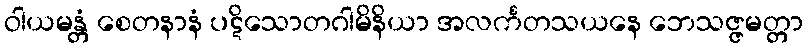
ဝါယမန္တံ စေတနာနံ ပဋိသောတဂါမိနိယာ အလင်္ကတသယနေ ဘေသဇ္ဇမတ္တာ